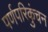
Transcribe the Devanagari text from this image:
पर्णपरिकुंचन